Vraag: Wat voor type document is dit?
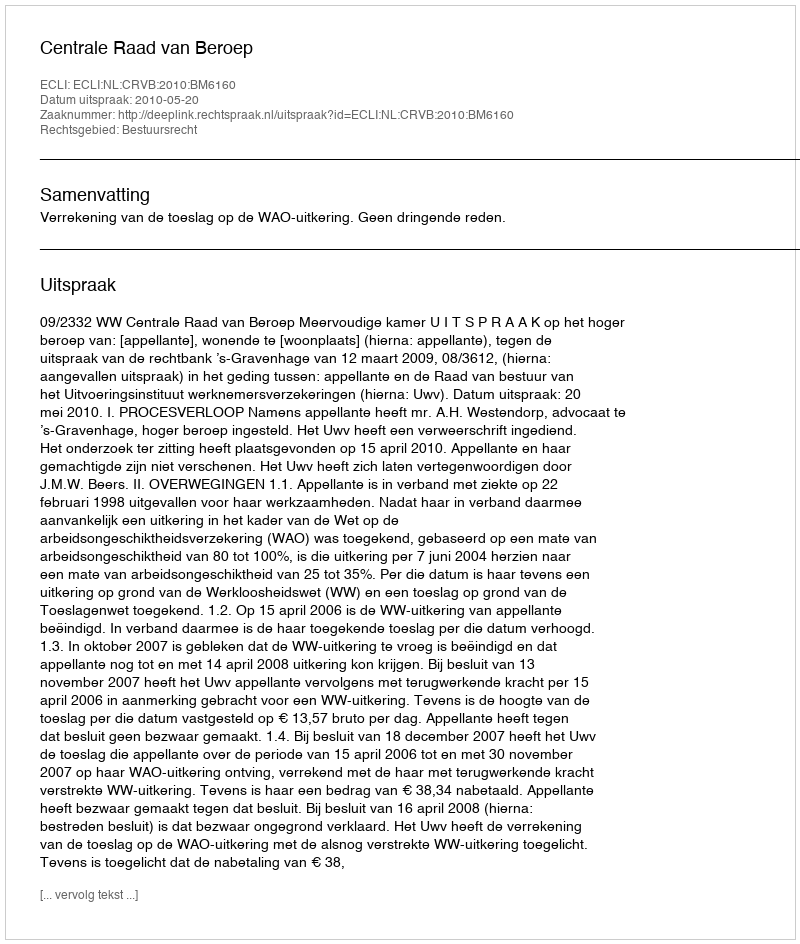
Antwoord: Uitspraak